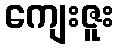
ကျေးဇူး